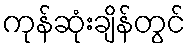
ကုန်ဆုံးချိန်တွင်